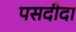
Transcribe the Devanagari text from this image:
पसदीदा